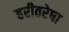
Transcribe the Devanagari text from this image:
हरीतरेषा